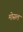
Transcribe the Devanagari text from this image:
मोसल